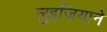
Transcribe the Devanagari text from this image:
लुइज़ियाने